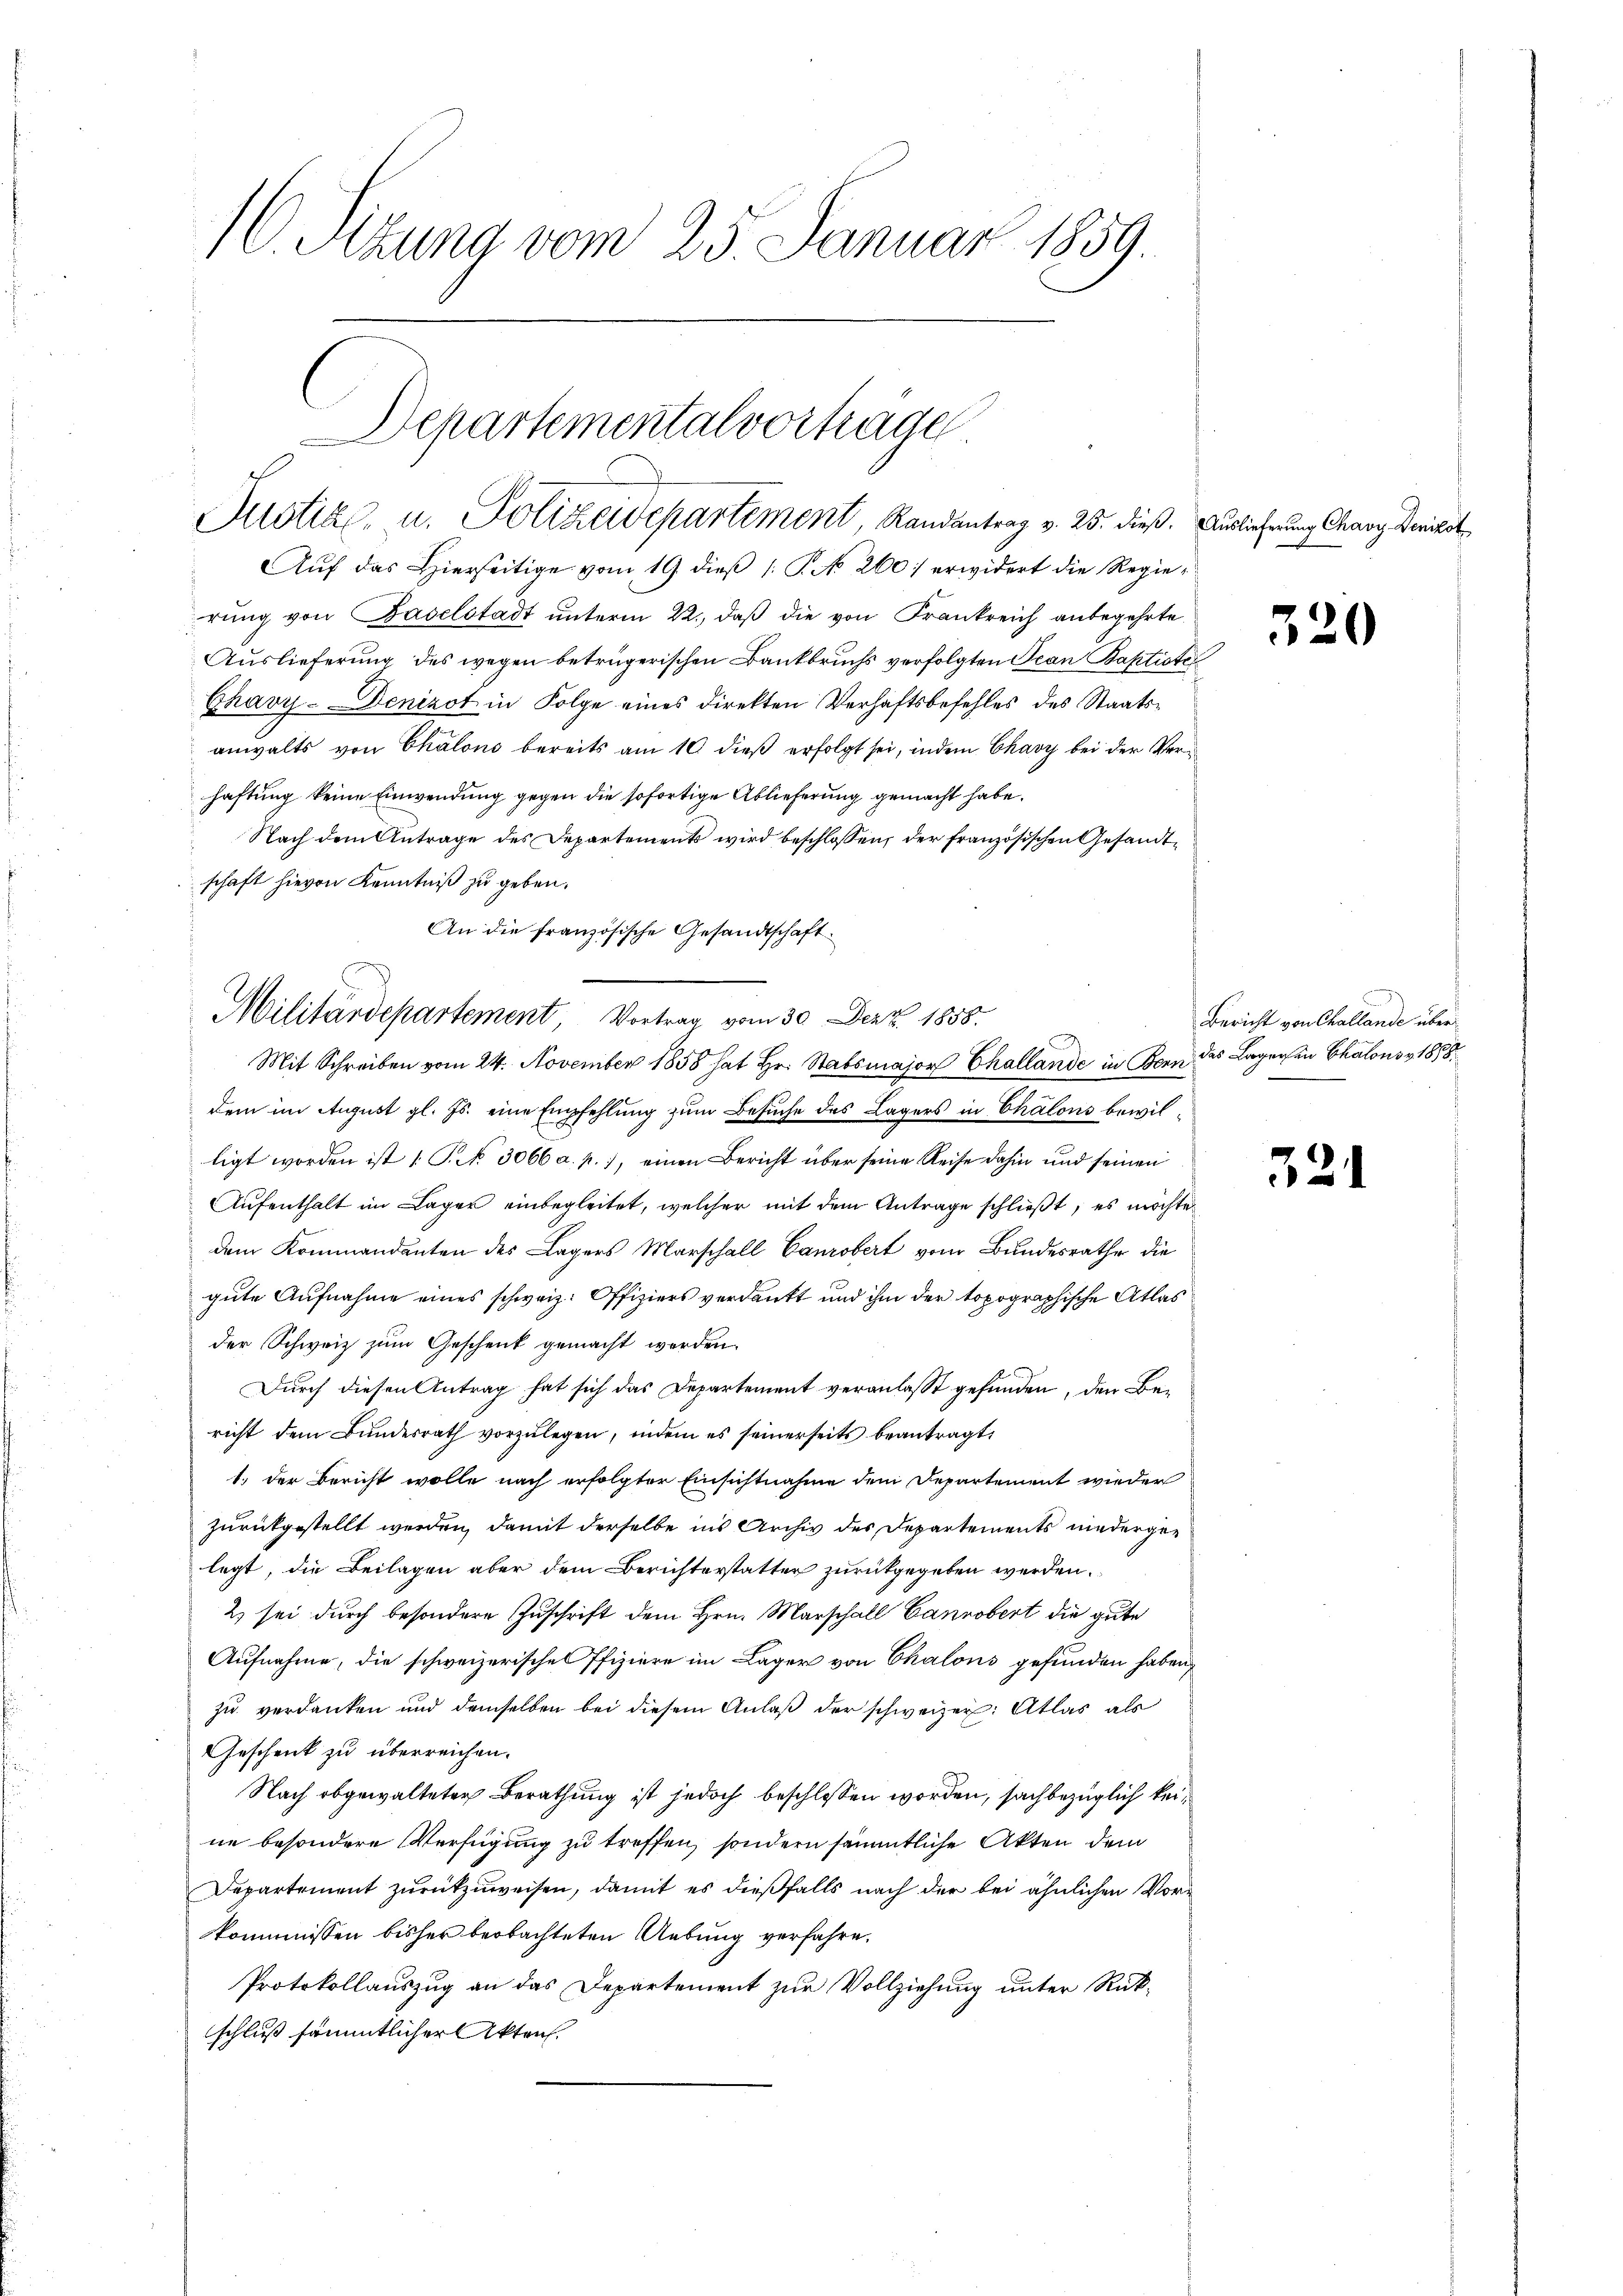
10. Sitzung vom 25. Januar 1859.

Departementalvorträge
Justiz- u. Polizeidepartement, Randantrag v. 25. dieß. Auslieferung Chavy Berichst

Aŭf das Hierseitige vom 19. dieβ 1. P. N. 260. erwidert die Regierung von Baselstadt unterm 22., daß die von Frankreich anbegehrte
Auslieferung des wegen betrügerischen Bankbruchs verfolgten Jean Baptiste
Chavy-Denizot in Folge eines direkten Verhaftsbefehles des Staatsanwalts von Chalons bereits am 10 dieß erfolgt sei, indem Chavy bei der Verhaftung keine Einwendung gegen die sofortige Ablieferung gemacht habe.
Nach dem Antrage des Departements wird beschlossen, der französischen Gesandtschaft hievon Kenntniß zu geben.
An die französische Gesandtschaft
Militärdepartement, Vortrag vom 30. Dezz. 1858.
Mit Schreiben vom 24. November 1858 hat Hr. Stabsmajor Challande in Bern das Lageren Chalons 1858.
dem im August gl. Js. eine Empfehlung zum Besuche des Lagers in Chalons bewilligt worden ist (S. 3066 a. p. 1, einen Bericht über seine Reise dahin und seinen
Aufenthalt im Lager einbegleitet, welcher mit dem Antrage schließt, es möchte
dem Kommendanten des Lagers Marschall Canzobert vom Bundesrathe die
gute Aufnahme eines schweiz. Offiziers verdankt und ihm der topographische Atlas
der Schweiz zum Geschenk gemacht werden.
Durch diesen Antrag hat sich das Departement veranlasst gefunden, den Bericht dem Bŭndesrath vorzŭlegen, indem es seinerseits beantragt,
1.) Der Bericht wolle nach erfolgter Einsichtnahme dem Departement wieder
zurückgestellt werden, damit derselbe ins Archiv des Departements niedergelegt, die Beilagen aber dem Berichterstatter zurückgegeben werden.
2) sei durch besondere Zuschrift dem Hrn. Marschall Cannobert die gute
Aufnahme, die schweizerische Pfiziere im Lager von Chalons gefunden haben,
zu verdanken und demselben bei diesem Anlaß der schweizer. Atlas als
Geschenk zu überreichen.
Nach obgewalteten Berathung ist jedoch beschlossen worden, sachbezüglich keine besondere Verfügung zu treffen, sondern sämmtliche Akten dem
Departement zurückzuweisen, damit es dießfalls nach der bei ähnlichen Vorkommnissen bisher beobachteten Uebung verfahre.
Protokollauszug an das Departement zur Vollziehung unter Rückschluß sämmtlicher Akten.

320

Bericht von Challande über

321